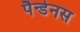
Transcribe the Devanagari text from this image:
पैन्डेनस